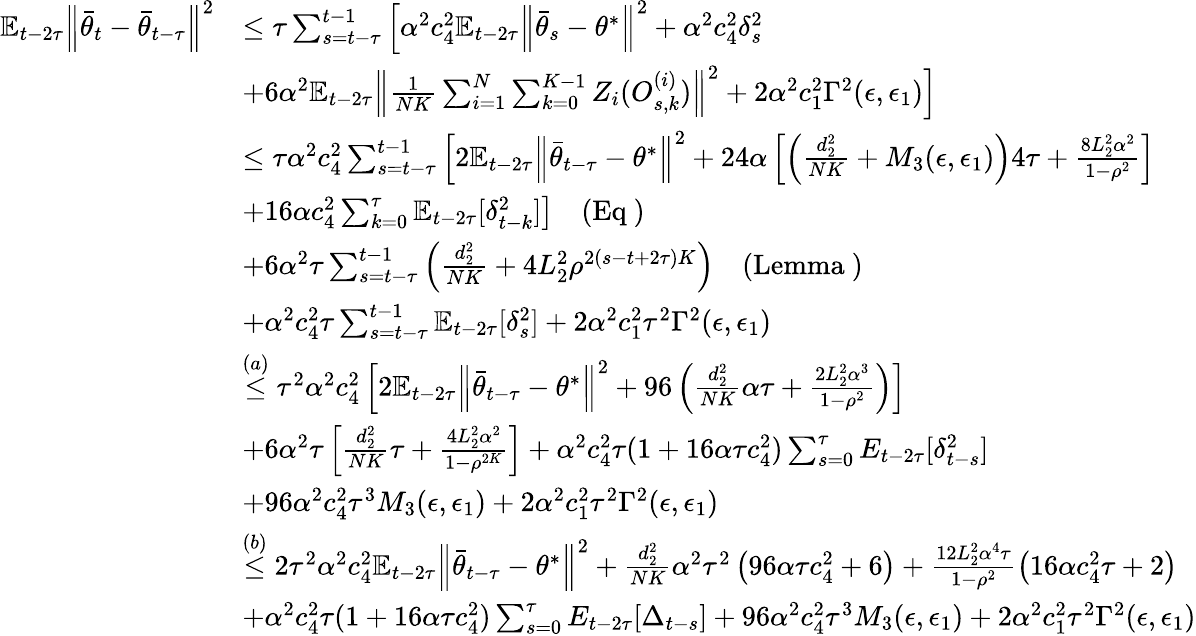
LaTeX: \begin{array}{rl}{\mathbb{E}_{t-2\tau}\Big\lVert\bar{\theta}_{t}-\bar{\theta}_{t-\tau}\Big\rVert^{2}}&{\le\tau\sum_{s=t-\tau}^{t-1}\left[\alpha^{2}c_{4}^{2}\mathbb{E}_{t-2\tau}\Big\lVert\bar{\theta}_{s}-\theta^{*}\Big\rVert^{2}+\alpha^{2}c_{4}^{2}\delta_{s}^{2}\right.}\\ &{\left.+6\alpha^{2}\mathbb{E}_{t-2\tau}\Big\lVert\frac{1}{NK}\sum_{i=1}^{N}\sum_{k=0}^{K-1}Z_{i}(O_{s,k}^{(i)})\Big\rVert^{2}+2\alpha^{2}c_{1}^{2}\Gamma^{2}(\epsilon,\epsilon_{1})\right]}\\ &{\le\tau\alpha^{2}c_{4}^{2}\sum_{s=t-\tau}^{t-1}\left[2\mathbb{E}_{t-2\tau}\Big\lVert\bar{\theta}_{t-\tau}-\theta^{*}\Big\rVert^{2}+24\alpha\left[\left(\frac{d_{2}^{2}}{NK}+M_{3}(\epsilon,\epsilon_{1})\right)4\tau+\frac{8L_{2}^{2}\alpha^{2}}{1-\rho^{2}}\right]\right.}\\ &{\left.+16\alpha c_{4}^{2}\sum_{k=0}^{\tau}\mathbb{E}_{t-2\tau}[\delta_{t-k}^{2}]\right]\quad(\mathrm{Eq~})}\\ &{+6\alpha^{2}\tau\sum_{s=t-\tau}^{t-1}\left(\frac{d_{2}^{2}}{NK}+4L_{2}^{2}\rho^{2(s-t+2\tau)K}\right)\quad(\mathrm{Lemma~})}\\ &{+\alpha^{2}c_{4}^{2}\tau\sum_{s=t-\tau}^{t-1}\mathbb{E}_{t-2\tau}[\delta_{s}^{2}]+2\alpha^{2}c_{1}^{2}\tau^{2}\Gamma^{2}(\epsilon,\epsilon_{1})}\\ &{\stackrel{(a)}{\le}\tau^{2}\alpha^{2}c_{4}^{2}\left[2\mathbb{E}_{t-2\tau}\Big\lVert\bar{\theta}_{t-\tau}-\theta^{*}\Big\rVert^{2}+96\left(\frac{d_{2}^{2}}{NK}\alpha\tau+\frac{2L_{2}^{2}\alpha^{3}}{1-\rho^{2}}\right)\right]}\\ &{+6\alpha^{2}\tau\left[\frac{d_{2}^{2}}{NK}\tau+\frac{4L_{2}^{2}\alpha^{2}}{1-\rho^{2K}}\right]+\alpha^{2}c_{4}^{2}\tau(1+16\alpha\tau c_{4}^{2})\sum_{s=0}^{\tau}E_{t-2\tau}[\delta_{t-s}^{2}]}\\ &{+96\alpha^{2}c_{4}^{2}\tau^{3}M_{3}(\epsilon,\epsilon_{1})+2\alpha^{2}c_{1}^{2}\tau^{2}\Gamma^{2}(\epsilon,\epsilon_{1})}\\ &{\stackrel{(b)}\le 2\tau^{2}\alpha^{2}c_{4}^{2}\mathbb{E}_{t-2\tau}\Big\lVert\bar{\theta}_{t-\tau}-\theta^{*}\Big\rVert^{2}+\frac{d_{2}^{2}}{NK}\alpha^{2}\tau^{2}\left(96\alpha\tau c_{4}^{2}+6\right)+\frac{12L_{2}^{2}\alpha^{4}\tau}{1-\rho^{2}}\left(16\alpha c_{4}^{2}\tau+2\right)}\\ &{+\alpha^{2}c_{4}^{2}\tau(1+16\alpha\tau c_{4}^{2})\sum_{s=0}^{\tau}E_{t-2\tau}[\Delta_{t-s}]+96\alpha^{2}c_{4}^{2}\tau^{3}M_{3}(\epsilon,\epsilon_{1})+2\alpha^{2}c_{1}^{2}\tau^{2}\Gamma^{2}(\epsilon,\epsilon_{1})}\end{array}